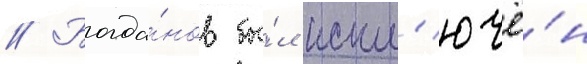
// Богда́нов бы́л искл'ючё́н